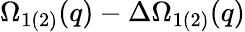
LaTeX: \Omega_{1(2)}(q)-\Delta\Omega_{1(2)}(q)